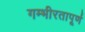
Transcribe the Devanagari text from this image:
गम्भीरतापूर्ण